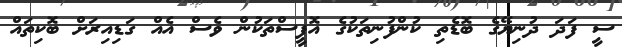
ސީ ފަދަ ދުނިޔޭގެ ބޮޑެތި ކުންފުނިތަކުގެ އޮފީސްތަކުން ވެސް އެއް ގަޑިއިރަށް ބޮކިތައް